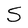
Character: S